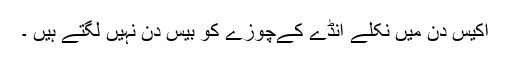
اکیس دن میں نکلے انڈے کےچوزے کو بیس دن نہیں لگتے ہیں ۔